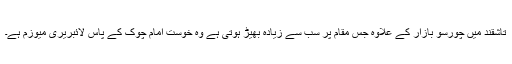
تاشقند میں چورسو بازار کے علاوہ جس مقام پر سب سے زیادہ بھیڑ ہوتی ہے وہ خوست امام چوک کے پاس لائبریری میوزم ہے۔